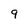
Character: 9